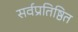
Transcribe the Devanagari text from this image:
सर्वप्रतिष्ठित